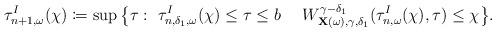
LaTeX: \begin{align*}\tau_{n+1,\omega}^{I}(\chi) \coloneqq \sup\big\lbrace\tau:\ \tau^{I}_{n,\delta_1,\omega}(\chi)\leq \tau \leq b \ \ \ \ W_{\mathbf{X}(\omega),\gamma,\delta_1}^{{\gamma-\delta_1}}(\tau_{n,\omega}^{I}(\chi),\tau)\leq \chi\big\rbrace.\end{align*}